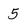
Character: 5